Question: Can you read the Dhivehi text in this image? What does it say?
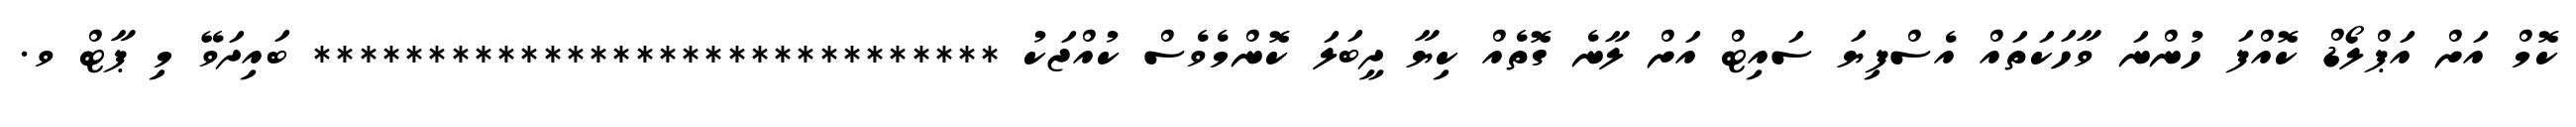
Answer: ކޮމް އަށް އަޕްލޯޑް ކޮއްފަ ހުންނަ ވާހަކަތައް އެސްފިޔަ ސައިޓް އަށް ލާނެ ގޮތެއް ކިޔާ ދީބަލަ ކޮންމެވެސް ކުއްޖަކު ****************************** ބައިދަވޭ މި ޕާޓް ވ.